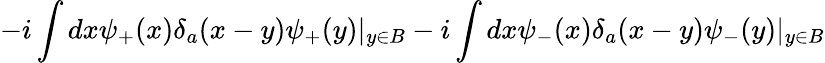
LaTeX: -i\int dx\psi_{+}(x)\delta_{a}(x-y)\psi_{+}(y)|_{y\in B}-i\int dx\psi_{-}(x)\delta_{a}(x-y)\psi_{-}(y)|_{y\in B}